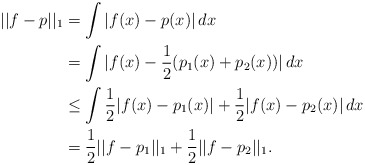
\begin{align*} ||f-p||_1&=\int |f(x)-p(x)|\, dx\\&=\int |f(x)-\frac{1}{2}(p_1(x)+p_2(x))|\, dx\\&\leq\int \frac{1}{2}|f(x)-p_1(x)|+\frac{1}{2}|f(x)-p_2(x)|\, dx\\&=\frac{1}{2}||f-p_1||_1+\frac{1}{2}||f-p_2||_1. \end{align*}